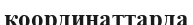
координаттарда